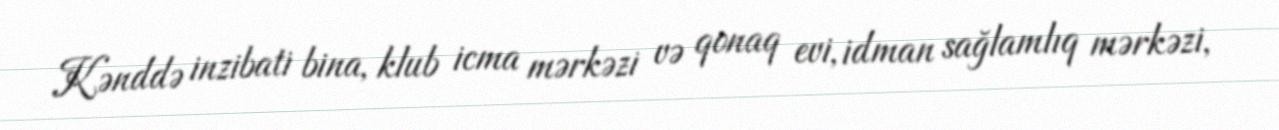
Kənddə inzibati bina, klub icma mərkəzi və qonaq evi, idman sağlamlıq mərkəzi,